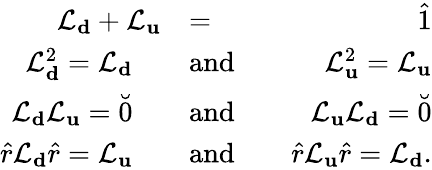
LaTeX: \begin{array}{rlr}{\mathcal{L}_{\mathbf d}+\mathcal{L}_{\mathbf u}}&{=}&{\hat{1}}\\ {\mathcal{L}_{\mathbf d}^{2}=\mathcal{L}_{\mathbf d}\quad}&{\mathrm{and}}&{\quad\mathcal{L}_{\mathbf u}^{2}=\mathcal{L}_{\mathbf u}}\\ {\mathcal{L}_{\mathbf d}\mathcal{L}_{\mathbf u}=\breve{0}\quad}&{\mathrm{and}}&{\quad\mathcal{L}_{\mathbf u}\mathcal{L}_{\mathbf d}=\breve{0}}\\ {\hat{r}\mathcal{L}_{\mathbf d}\hat{r}=\mathcal{L}_{\mathbf u}\quad}&{\mathrm{and}}&{\quad\hat{r}\mathcal{L}_{\mathbf u}\hat{r}=\mathcal{L}_{\mathbf d}.}\end{array}